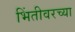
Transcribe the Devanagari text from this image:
भिंतीवरच्या